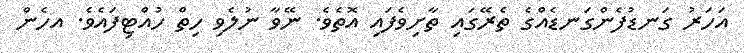
އަހަރު ގަނޑުފެންގަނޑެއްގެ ތެރޭގައި ތާށިވެފައި އޮތެވެ. ނޭވާ ނުލެވި ހިތް ހުއްޓިފައެވެ. އހެން